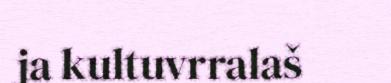
ja kultuvrralaš